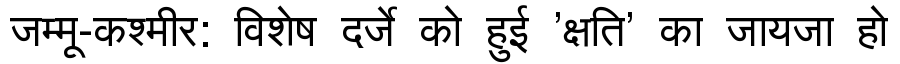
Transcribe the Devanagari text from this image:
जम्मू-कश्मीर: विशेष दर्जे को हुई 'क्षति' का जायजा हो